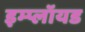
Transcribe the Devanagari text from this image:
इम्प्लॉयड